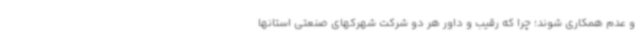
و عدم همکاری شوند؛ چرا که رقیب و داور هر دو شرکت شهرکهای صنعتی استانها